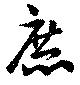
庶